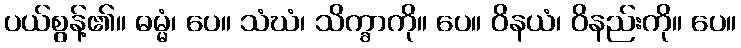
ပယ်စွန့်၏။ ဓမ္မံ၊ ပေ။ သံဃံ၊ သိက္ခာကို။ ပေ။ ဝိနယံ၊ ဝိနည်းကို။ ပေ။